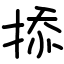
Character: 掭